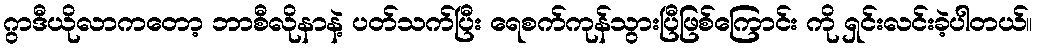
ဂွာဒီယိုလာကတော့ ဘာစီလိုနာနဲ့ ပတ်သက်ပြီး ရေစက်ကုန်သွားပြီဖြစ်ကြောင်း ကို ရှင်းလင်းခဲ့ပါတယ်။